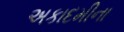
અકાદમીના